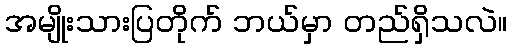
အမျိုးသားပြတိုက် ဘယ်မှာ တည်ရှိသလဲ။